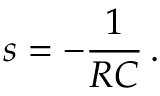
s = - { \frac { 1 } { R C } } \, .